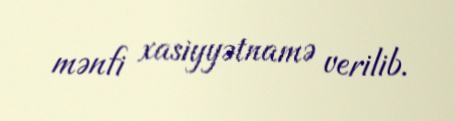
mənfi xasiyyətnamə verilib.